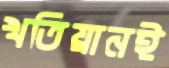
খতিয়ানই